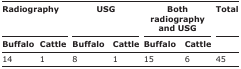
<table><thead><tr><td colspan="2"><b>Radiography</b></td><td colspan="2"><b>USG</b></td><td colspan="2"><b>Both radiography and USG</b></td><td><b>Total</b></td></tr><tr><td><b>Buffalo</b></td><td><b>Cattle</b></td><td><b>Buffalo</b></td><td><b>Cattle</b></td><td><b>Buffalo</b></td><td><b>Cattle</b></td><td></td></tr></thead><tbody><tr><td>14</td><td>1</td><td>8</td><td>1</td><td>15</td><td>6</td><td>45</td></tr></tbody></table>